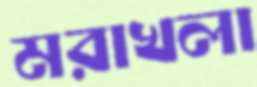
মরাখলা